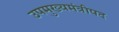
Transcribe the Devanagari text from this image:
उपमुख्यमंत्रीपद